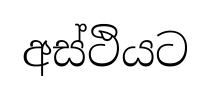
අස්ථියට